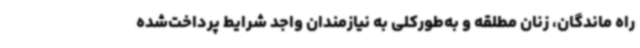
راه ماندگان، زنان مطلقه و به‌طورکلی به نیازمندان واجد شرایط پرداخت‌شده